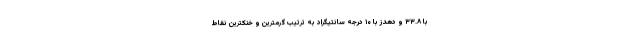
با ۳۳.۸ و دهدز با ۱۰ درجه سانتیگراد به ترتیب گرمترین و خنکترین نقاط